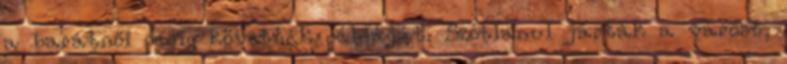
a barátnői pedig követték példáját. Szótlanul járták a várost,